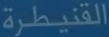
القنيطرة